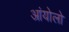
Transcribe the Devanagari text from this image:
आंयोलो